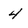
Character: 4